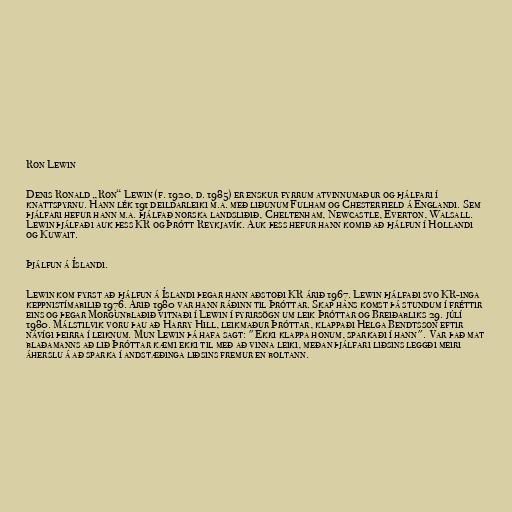
Ron Lewin

Denis Ronald „Ron“ Lewin (f. 1920, d. 1985) er enskur fyrrum atvinnumaður og þjálfari í
knattspyrnu. Hann lék 191 deildarleiki m.a. með liðunum Fulham og Chesterfield á Englandi. Sem
þjálfari hefur hann m.a. þjálfað norska landsliðið, Cheltenham, Newcastle, Everton, Walsall.
Lewin þjálfaði auk þess KR og Þrótt Reykjavík. Auk þess hefur hann komið að þjálfun í Hollandi
og Kuwait.

Þjálfun á Íslandi.

Lewin kom fyrst að þjálfun á Íslandi þegar hann aðstoði KR árið 1967. Lewin þjálfaði svo KR-inga
keppnistímabilið 1976. Árið 1980 var hann ráðinn til Þróttar. Skap hans komst þá stundum í fréttir
eins og þegar Morgunblaðið vitnaði í Lewin í fyrirsögn um leik Þróttar og Breiðabliks 29. júlí
1980. Málstilvik voru þau að Harry Hill, leikmaður Þróttar, klappaði Helga Bendtsson eftir
návígi þeirra í leiknum. Mun Lewin þá hafa sagt: "Ekki klappa honum, sparkaði í hann". Var það mat
blaðamanns að lið Þróttar kæmi ekki til með að vinna leiki, meðan þjálfari liðsins leggði meiri
áherslu á að sparka í andstæðinga liðsins fremur en boltann.